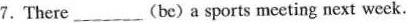
7.There ___ (be) a sports meeting next week.